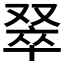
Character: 𫩅